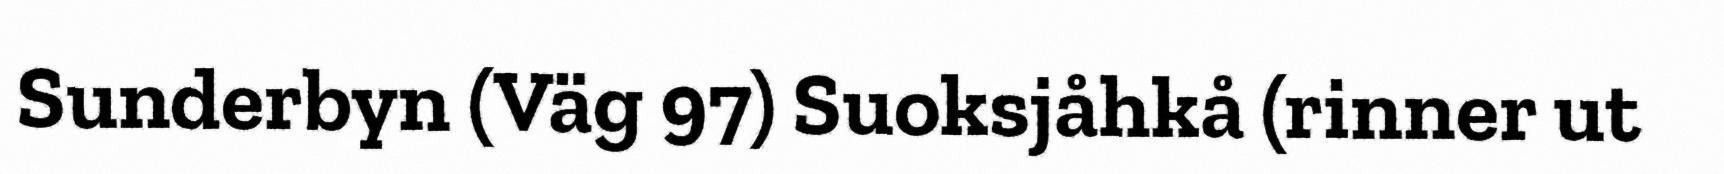
Sunderbyn (Väg 97) Suoksjåhkå (rinner ut